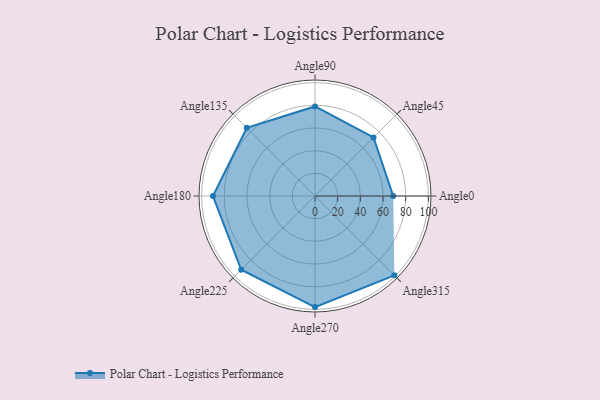
{"axis": {"x": "Angle", "y": "Radius"}, "legend": [""], "data": [{"x": "Angle0", "y": 69.0, "type": ""}, {"x": "Angle45", "y": 73.0, "type": ""}, {"x": "Angle90", "y": 79.0, "type": ""}, {"x": "Angle135", "y": 85.0, "type": ""}, {"x": "Angle180", "y": 90.0, "type": ""}, {"x": "Angle225", "y": 92.0, "type": ""}, {"x": "Angle270", "y": 98.0, "type": ""}, {"x": "Angle315", "y": 99.0, "type": ""}]}